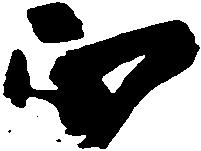
正